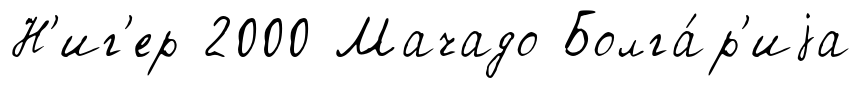
Н'иг'ер 2000 Мачадо Болга́р'иjа